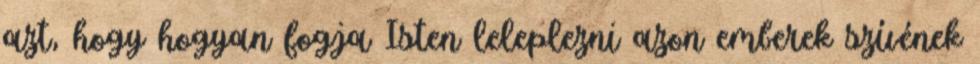
azt, hogy hogyan fogja Isten leleplezni azon emberek szívének